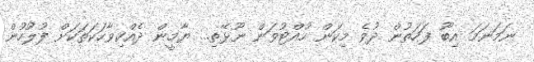
ނަމަނަމަ އިބޫ ފަހަތުން ދުވެ މިކަން ހުއްޓުވަން ނޫޅޭތި... ޔާމީން ދެއްކިވާހަކަތަކަށް ފުލުހުން